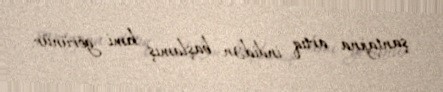
şantajına artıq indidən başlamış kimi görünür.